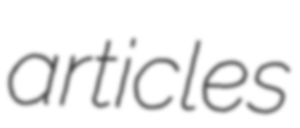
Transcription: articles